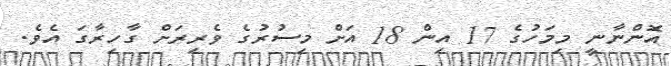
އޮންނާނީ މިމަހުގެ 17 އިން 18 އަށް މިސުރުގެ ވެރިރަށް ގާހިރާގަ އެވެ.